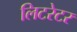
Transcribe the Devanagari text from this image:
लिटरेटर